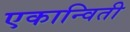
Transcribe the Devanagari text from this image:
एकान्विती